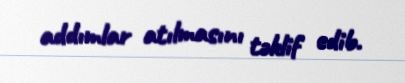
addımlar atılmasını təklif edib.